Indian journal of veterinary science and animal husbandry - Volumes 18-21, 1948-1951
Year: 1948
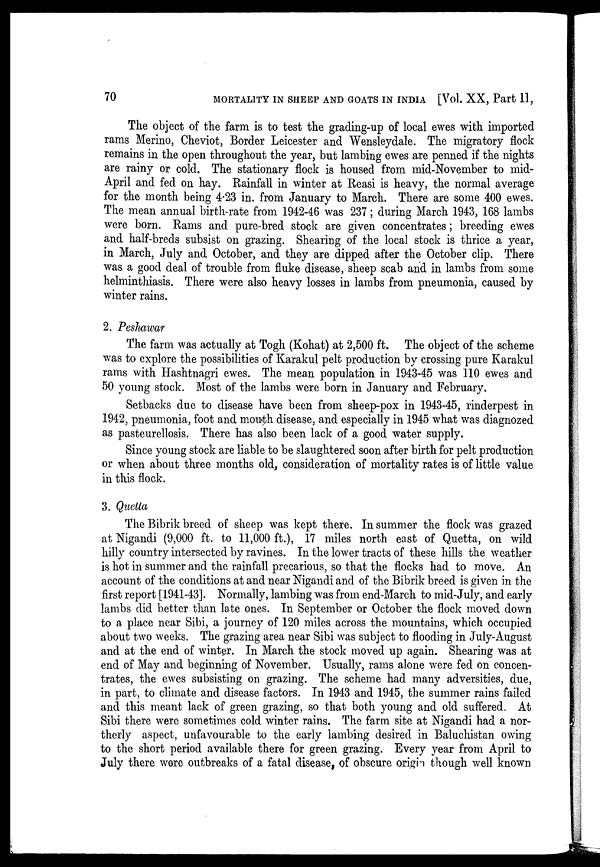
70
MORTALITY IN SHEEP AND GOATS IN INDIA [Vol. XX, Part 1],
The object of the farm is to test the grading-up of local ewes with imported
rams Merino, Cheviot, Border Leicester and Wensleydale. The migratory flock
remains in the open throughout the year, but lambing ewes are penned if the nights
are rainy or cold. The stationary flock is housed from mid-November to mid-
April and fed on hay. Rainfall in winter at Reasi is heavy, the normal average
for the month being 4.23 in. from January to March. There are some 400 ewes.
The mean annual birth-rate from 1942-46 was 237; during March 1943, 168 lambs
were born. Rams and pure-bred stock are given concentrates; breeding ewes
and half-breds subsist on grazing. Shearing of the local stock is thrice a year,
in March, July and October, and they are dipped after the October clip. There
was a good deal of trouble from fluke disease, sheep scab and in lambs from some
helminthiasis. There were also heavy losses in lambs from pneumonia, caused by
winter rains.
2. Peshawar
The farm was actually at Togh (Kohat) at 2,500 ft. The object of the scheme
was to explore the possibilities of Karakul pelt production by crossing pure Karakul
rams with Hashtnagri ewes. The mean population in 1943-45 was 110 ewes and
50 young stock. Most of the lambs were born in January and February.
Setbacks due to disease have been from sheep-pox in 1943-45, rinderpest in
1942, pneumonia, foot and mouth disease, and especially in 1945 what was diagnozed
as pasteurellosis. There has also been lack of a good water supply.
Since young stock are liable to be slaughtered soon after birth for pelt production
or when about three months old, consideration of mortality rates is of little value
in this flock.
3. Quetta
The Bibrik breed of sheep was kept there. In summer the flock was grazed
at Nigandi (9,000 ft. to 11,000 ft.), 17 miles north east of Quetta, on wild
hilly country intersected by ravines. In the lower tracts of these hills the weather
is hot in summer and the rainfall precarious, so that the flocks had to move. An
account of the conditions at and near Nigandi and of the Bibrik breed is given in the
first report [1941-43]. Normally, lambing was from end-March to mid-July, and early
lambs did better than late ones. In September or October the flock moved down
to a place near Sibi, a journey of 120 miles across the mountains, which occupied
about two weeks. The grazing area near Sibi was subject to flooding in July-August
and at the end of winter. In March the stock moved up again. Shearing was at
end of May and beginning of November. Usually, rams alone were fed on concen-
trates, the ewes subsisting on grazing. The scheme had many adversities, due,
in part, to climate and disease factors. In 1943 and 1945, the summer rains failed
and this meant lack of green grazing, so that both young and old suffered. At
Sibi there were sometimes cold winter rains. The farm site at Nigandi had a nor-
therly aspect, unfavourable to the early lambing desired in Baluchistan owing
to the short period available there for green grazing. Every year from April to
July there were outbreaks of a fatal disease, of obscure origin though well known